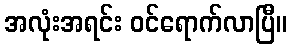
အလုံးအရင်း ဝင်ရောက်လာပြီ။